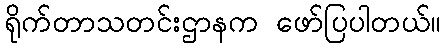
ရိုက်တာသတင်းဌာနက ဖော်ပြပါတယ်။